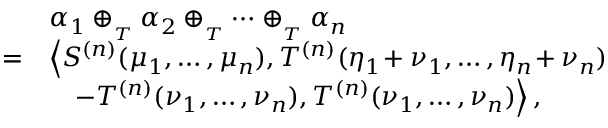
\begin{array} { r l } & { \alpha _ { 1 } \oplus _ { _ { T } } \alpha _ { 2 } \oplus _ { _ { T } } \cdots \oplus _ { _ { T } } \alpha _ { n } } \\ { = } & { \left\langle S ^ { ( n ) } ( \mu _ { 1 } , \ldots , \mu _ { n } ) , T ^ { ( n ) } ( \eta _ { 1 } \! + \nu _ { 1 } , \ldots , \eta _ { n } \! + \nu _ { n } ) \right. } \\ & { \left. \quad \! - T ^ { ( n ) } ( \nu _ { 1 } , \ldots , \nu _ { n } ) , T ^ { ( n ) } ( \nu _ { 1 } , \ldots , \nu _ { n } ) \right\rangle , } \end{array}